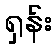
ရှန်း